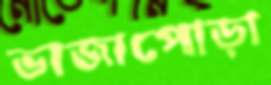
ভাজাপোড়া